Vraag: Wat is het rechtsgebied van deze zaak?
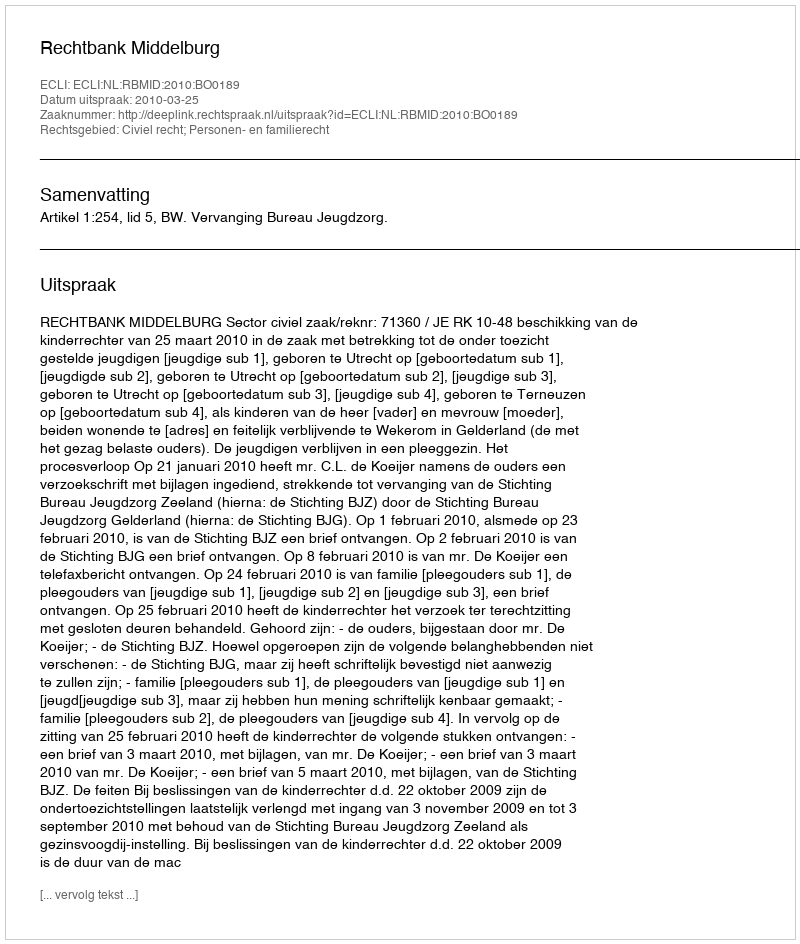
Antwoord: Civiel recht; Personen- en familierecht